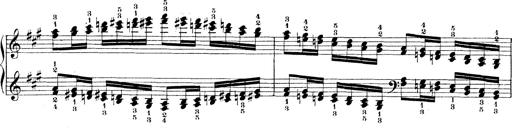
Title: Technische Studien
Composer: Franz Liszt